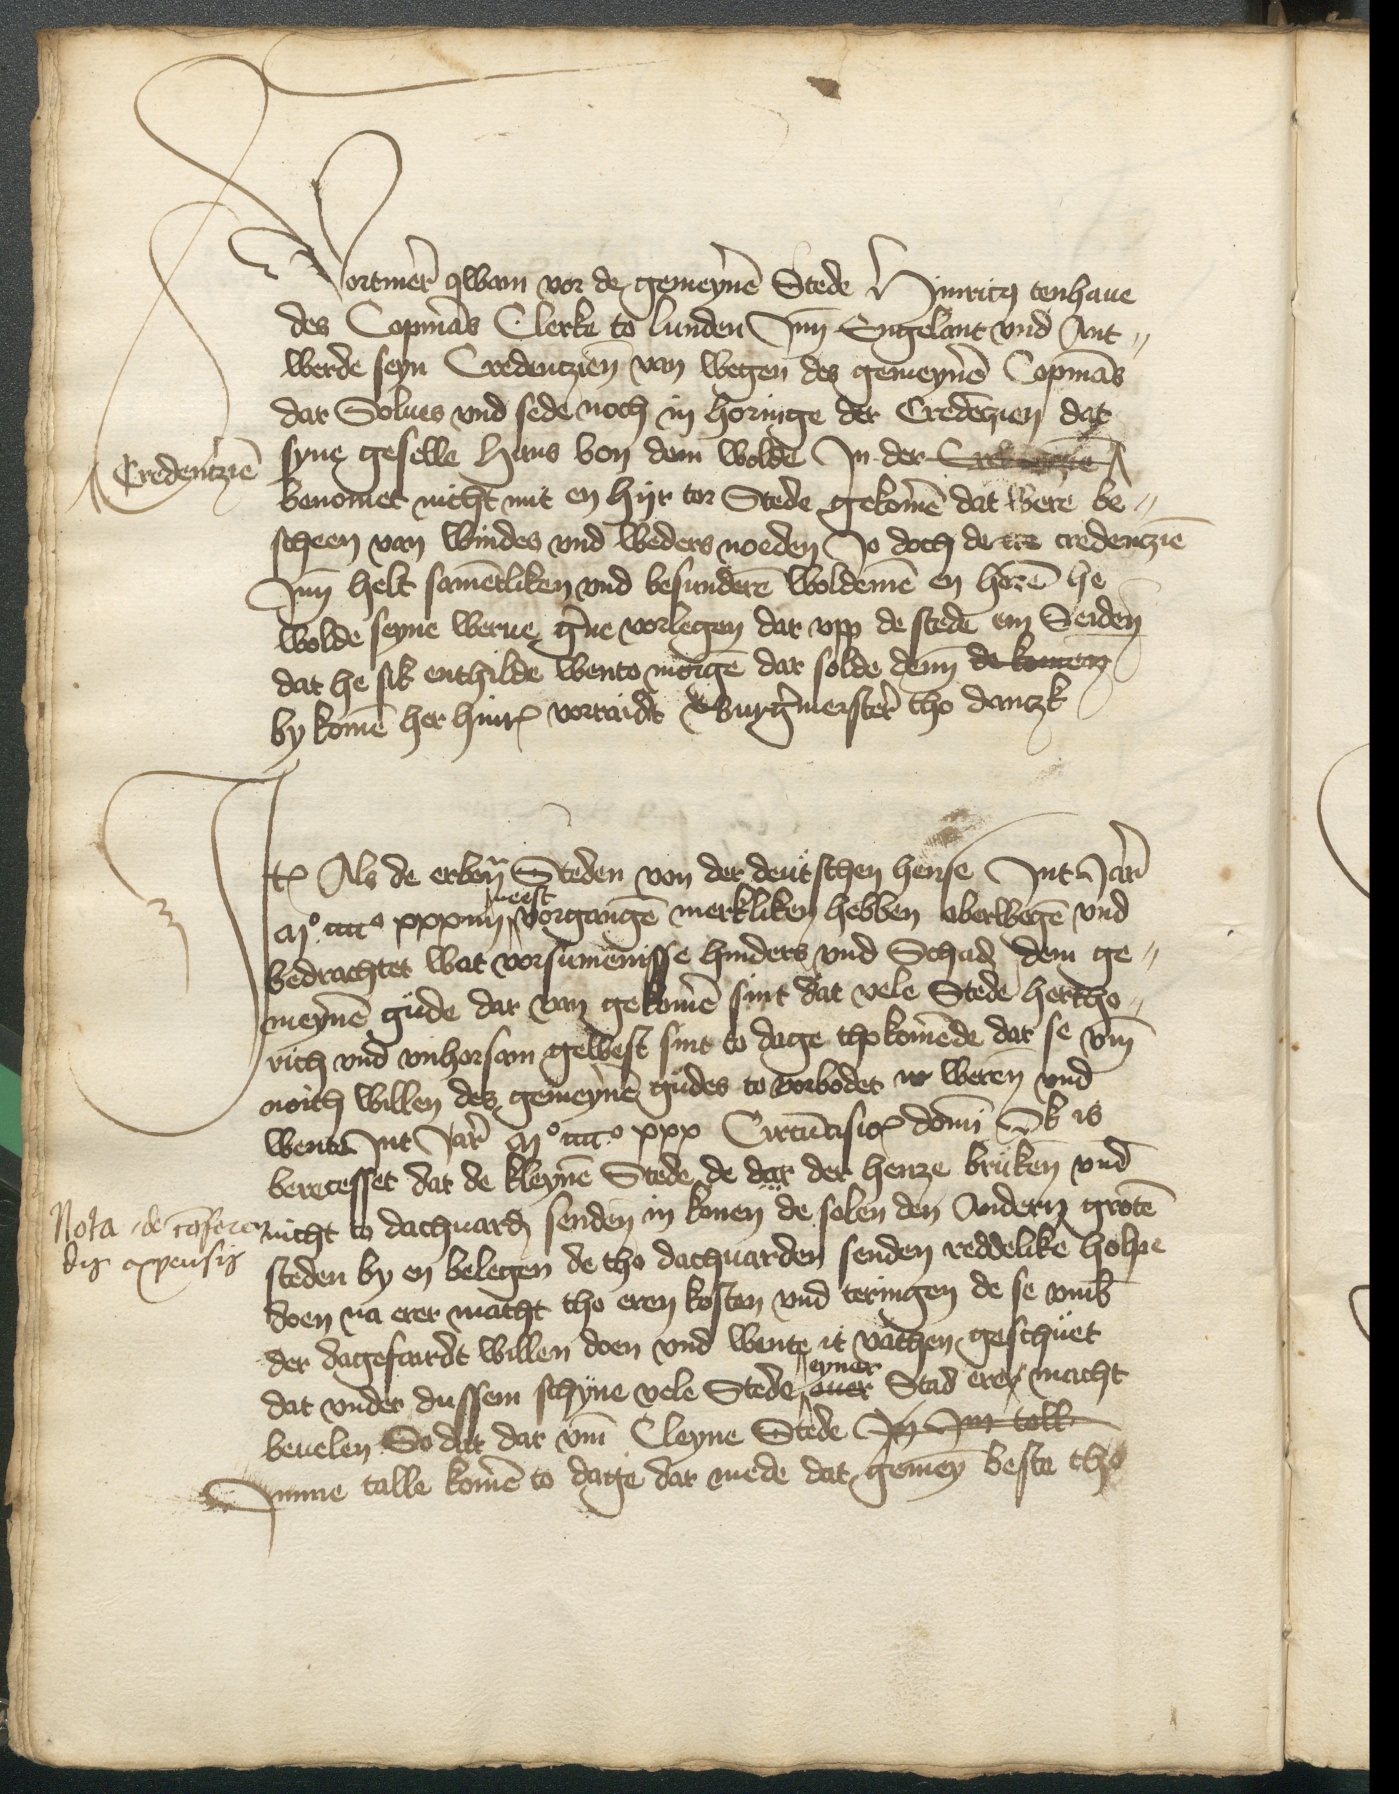
Vortmer qwam vor de gemeynen Stede Hinricus tenhaue
des Copmans Clerke to Lunden Jnn Engelant vnd Ant¬
werde seyn Credenczien van wegen des gemeynen Copmans
dar Solues vnd sede noch in horinge der Credenczien dat
syne geselle Hans von dem Wolden Jn der Crekenzie ^
benomet nicht mit en hyr tor Stede gekomen dat were be¬
scheen van windes vnd weders noeden, Jo doch de ere credenczien
Inn helt samentliken vnd besunderen woldemen en horen he
wolde seyne werue gerne vorlegen dar vpp de steden m Seiden
dat he sik enthilde wento morge dat solde dem de tomen
by kome her Hinrick vortaids Bburgemerstere to dantzk

^ Credenczie

Jtem Als de erbenomeden Steden von der deutschen hense Jnt Jar
Mo cccco xxxiiij neest vorgangen merkliken hebben aberwegen vnd
bedrachtet wat vorsumennisse hinders vnd Schaden dem ge¬
meynen gude dar van gekomen sint dat vele Stede Hertho¬
rich vnd vnhorsam gewest sint to dage thokomende dat se vmme
noith willen des gemeynen gudes to vorbodet to weren vnd
wente Jnt Jar Mo cccco xxx Circumcisio domini Ok is
berecesset dat de kleynen Stede, de dar der henze bruken vnd
nicht to dachuarden senden in konen de solen den Andern groten
steden by en belegen de tho dachuarden senden reddelike Holpe
doen na erer macht tho eren kosten vnd teringen de se vmb
der dagefardt willen doen vnd wente it vachen geschuet
^ eyner
dat vnder dussem schyne vele Stede ^ ouer Stad erer macht
beuelen So dat dar vmme Cleyne Stede Jn Jm toll
Jmme talle komen to dage dar mede dat gemeyn beste tho

Nota de conferen
dis expensis